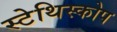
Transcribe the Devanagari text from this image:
स्टेथिस्कोप